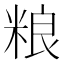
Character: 粮